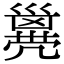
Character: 𠙭